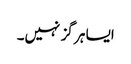
ایسا ہر گز نہیں۔